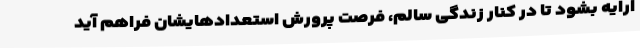
ارایه بشود تا در کنار زندگی سالم، فرصت پرورش استعدادهایشان فراهم آید